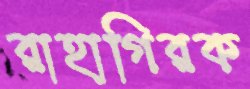
রাহাগিরক